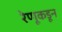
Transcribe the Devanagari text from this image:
रेणूकडून